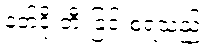
နတ်ဒိုးတီးခြင်းစရသည်။